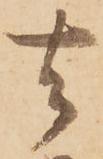
去